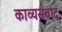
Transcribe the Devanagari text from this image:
काव्यसंवाद